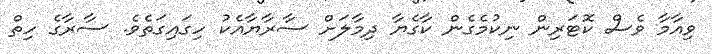
ވިއާމާ ވެސް ކޮޓަރިން ނިކުމެގެން ކާގެޔާ ދިމާލަށް ސާރާޔާއެކު ހިގައިގަތެވެ. ސާރާގެ ހިތް